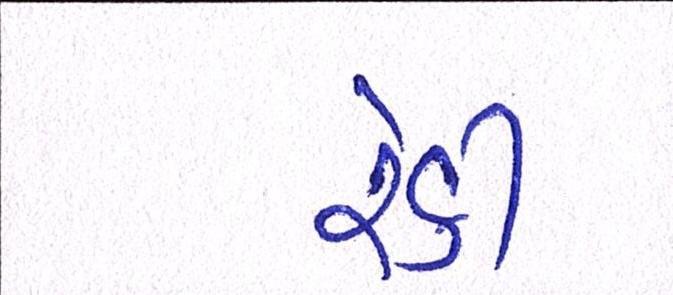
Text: રેકી